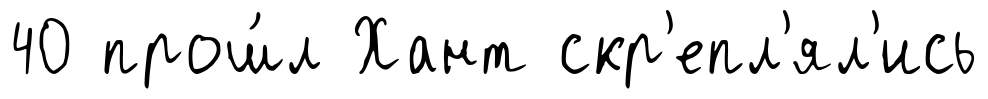
40 прош́л Хант скр'епл'ял'ись